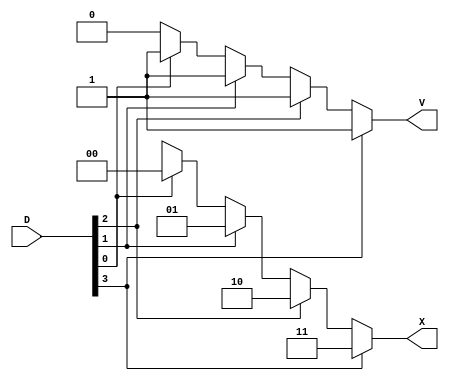
`timescale 1ns / 1ps
//////////////////////////////////////////////////////////////////////////////////
// Company: 
// Engineer: 
// 
// Design Name: 
// Module Name: priority_encoder_b
// Project Name: 
// Target Devices: 
// Tool Versions: 
// Description: 
// 
// Dependencies: 
// 
// Revision:
// Revision 0.01 - File Created
// Additional Comments:
// 
//////////////////////////////////////////////////////////////////////////////////


module priority_encoder_b(D,X,V);
input [3:0] D;
output reg [1:0] X;
output reg V;

integer k;
always @(D)
begin
    X=2'bxx;
    V=0;
    for (k=0;k<4;k=k+1)
    if(D[k])
    begin
        X=k;
        V=1;
    end
end
endmodule